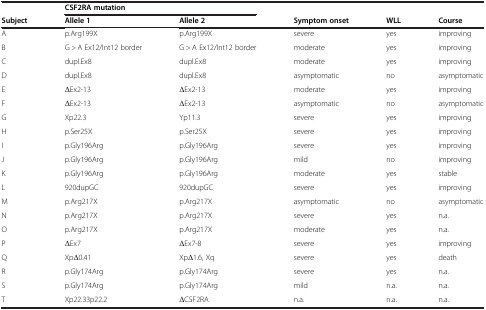
<table><thead><tr><td></td><td colspan="2"><b>CSF2RA mutation</b></td><td></td><td></td><td></td></tr><tr><td><b>Subject</b></td><td><b>Allele 1</b></td><td><b>Allele 2</b></td><td><b>Symptom onset</b></td><td><b>WLL</b></td><td><b>Course</b></td></tr></thead><tbody><tr><td>A</td><td>p.Arg199X</td><td>p.Arg199X</td><td>severe</td><td>yes</td><td>improving</td></tr><tr><td>B</td><td>G &gt; A Ex12/Int12 border</td><td>G &gt; A Ex12/Int12 border</td><td>moderate</td><td>yes</td><td>improving</td></tr><tr><td>C</td><td>dupl.Ex8</td><td>dupl.Ex8</td><td>moderate</td><td>yes</td><td>improving</td></tr><tr><td>D</td><td>dupl.Ex8</td><td>dupl.Ex8</td><td>asymptomatic</td><td>no</td><td>asymptomatic</td></tr><tr><td>E</td><td>ΔEx2-13</td><td>ΔEx2-13</td><td>moderate</td><td>yes</td><td>improving</td></tr><tr><td>F</td><td>ΔEx2-13</td><td>ΔEx2-13</td><td>asymptomatic</td><td>no</td><td>asymptomatic</td></tr><tr><td>G</td><td>Xp22.3</td><td>Yp11.3</td><td>severe</td><td>yes</td><td>improving</td></tr><tr><td>H</td><td>p.Ser25X</td><td>p.Ser25X</td><td>severe</td><td>yes</td><td>improving</td></tr><tr><td>I</td><td>p.Gly196Arg</td><td>p.Gly196Arg</td><td>severe</td><td>yes</td><td>improving</td></tr><tr><td>J</td><td>p.Gly196Arg</td><td>p.Gly196Arg</td><td>mild</td><td>no</td><td>improving</td></tr><tr><td>K</td><td>p.Gly196Arg</td><td>p.Gly196Arg</td><td>moderate</td><td>yes</td><td>stable</td></tr><tr><td>L</td><td>920dupGC</td><td>920dupGC</td><td>severe</td><td>yes</td><td>improving</td></tr><tr><td>M</td><td>p.Arg217X</td><td>p.Arg217X</td><td>asymptomatic</td><td>no</td><td>asymptomatic</td></tr><tr><td>N</td><td>p.Arg217X</td><td>p.Arg217X</td><td>severe</td><td>yes</td><td>n.a.</td></tr><tr><td>O</td><td>p.Arg217X</td><td>p.Arg217X</td><td>moderate</td><td>yes</td><td>n.a.</td></tr><tr><td>P</td><td>ΔEx7</td><td>ΔEx7-8</td><td>severe</td><td>yes</td><td>improving</td></tr><tr><td>Q</td><td>XpΔ0.41</td><td>XpΔ1.6, Xq</td><td>severe</td><td>yes</td><td>death</td></tr><tr><td>R</td><td>p.Gly174Arg</td><td>p.Gly174Arg</td><td>severe</td><td>yes</td><td>n.a.</td></tr><tr><td>S</td><td>p.Gly174Arg</td><td>p.Gly174Arg</td><td>mild</td><td>n.a.</td><td>n.a.</td></tr><tr><td>T</td><td>Xp22.33p22.2</td><td>ΔCSF2RA</td><td>n.a.</td><td>n.a.</td><td>n.a.</td></tr></tbody></table>